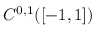
C ^ { 0 , 1 } ( [ - 1 , 1 ] )